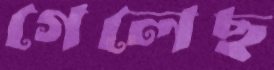
গেলেছ